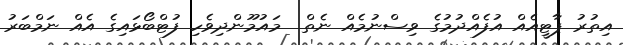
އިތުރު ޕާޓީއެއް އުފެއްދުމުގެ ވިސްނުމެއް ނެތް  މައުމޫންދިވެހި ފުޓްބޯޅައިގެ އެއް ނަމްބަރު